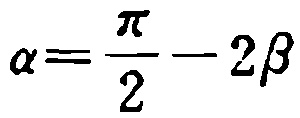
\(\alpha=\frac{\pi}{2}-2\beta\)